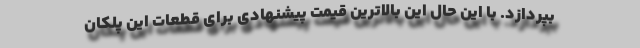
بپردازد. با این حال این بالاترین قیمت پیشنهادی برای قطعات این پلکان